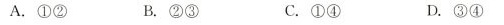
A.①② B.②③ C.①④ D.③④